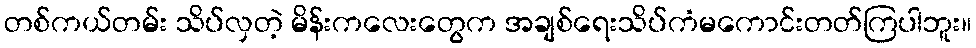
တစ်ကယ်တမ်း သိပ်လှတဲ့ မိန်းကလေးတွေက အချစ်ရေးသိပ်ကံမကောင်းတတ်ကြပါဘူး။